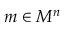
m \in M ^ { n }